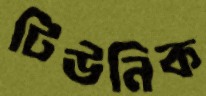
টিউনিক